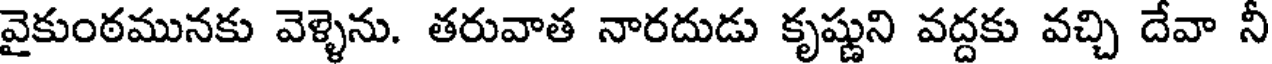
వైకుంఠమునకు వెళ్ళెను. తరువాత నారదుడు కృష్ణుని వద్దకు వచ్చి దేవా నీ